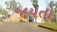
જાયતો